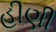
હીણી